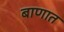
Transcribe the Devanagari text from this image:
बाणात